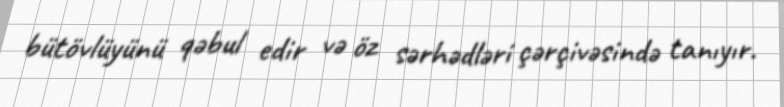
bütövlüyünü qəbul edir və öz sərhədləri çərçivəsində tanıyır.